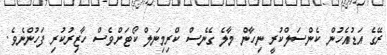
ރޭގެ އަޑުއެހުން ކެންސަލްކުރީ ނިހާން މާލެ ގެނެސް ކްރިމިނަލް ކޯޓަށްވެސް ހާޒިރުކުރި ފަހުންނެވެ.